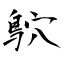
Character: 鴥